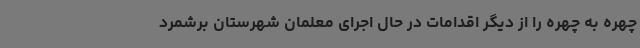
چهره به چهره را از دیگر اقدامات در حال اجرای معلمان شهرستان برشمرد